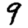
Digit: 9